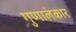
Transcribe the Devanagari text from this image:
गुणालंकार